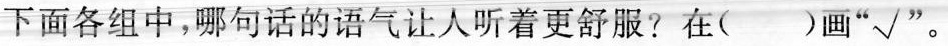
下面各组中，哪句话的语气让人听着更舒服?在( )画"√"。